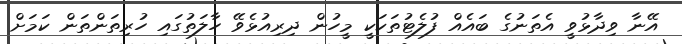
އޭނާ ވިދާޅުވީ އެތަނުގެ ބައެއް ފުލެޓުތަކަކީ މީހުން ދިރިއުޅެވޭ ހާލަތުގައި ހުރިތަންތަން ކަމަށް